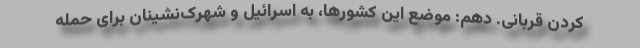
کردن قربانی. دهم: موضع این کشورها، به اسرائیل و شهرک‌نشینان برای حمله